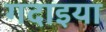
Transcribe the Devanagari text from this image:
गदाइया